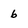
Character: b